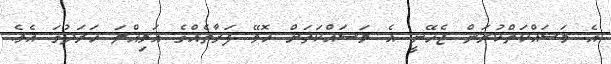
އެ މަސައްކަތްކުރަން ޖެހޭނީ އެ މަސައްކަތަށް ހޮވޭ ފަރާތެއްގެ އަމިއްލަ ހަރަދުގަ އެވެ.